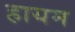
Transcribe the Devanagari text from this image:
हायम